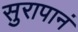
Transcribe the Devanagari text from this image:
सुरापानं